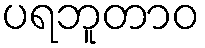
ပရဘူတာဝ